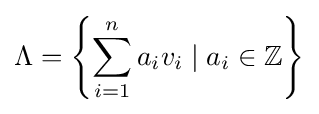
\Lambda =\left\{\sum _{i=1}^{n}a_{i}v_{i}\;|\;a_{i}\in \mathbb {Z} \right\}